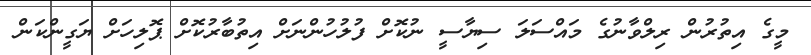
މީގެ އިތުރުން ރިލްވާނުގެ މައްސަލަ ސިޔާސީ ނުކޮށް ފުލުހުންނަށް އިތުބާރުކޮށް ޕޮލިހަށް ޔަގީންކަން